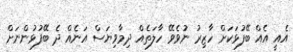
އެއީ އެއް ބޭފުޅަކަށް ހާޒިރު ނުވެވޭ ހާލަތެއް ދިމާވިޔަސް އަނެއް ދެ ބޭފުޅުންނަށް